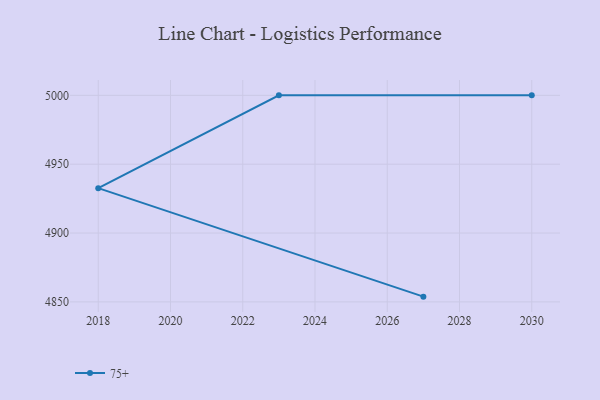
{"axis": {"x": "Year", "y": "Production Output"}, "legend": ["75+"], "data": [{"x": "2027", "y": 4853.8, "type": "75+"}, {"x": "2018", "y": 4932.6, "type": "75+"}, {"x": "2023", "y": 5000, "type": "75+"}, {"x": "2030", "y": 5000, "type": "75+"}]}